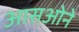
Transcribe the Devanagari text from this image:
आसओने